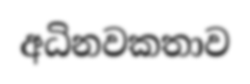
අධිනවකතාව